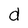
Character: d